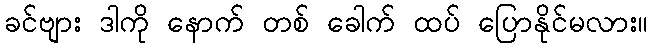
ခင်ဗျား ဒါကို နောက် တစ် ခေါက် ထပ် ပြောနိုင်မလား။